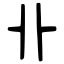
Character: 卝